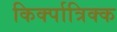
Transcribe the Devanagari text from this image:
किर्क्पात्रिक्क